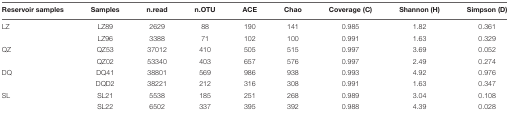
<table><thead><tr><td><b>Reservoir samples</b></td><td><b>Samples</b></td><td><b>n.read</b></td><td><b>n.OTU</b></td><td><b>ACE</b></td><td><b>Chao</b></td><td><b>Coverage (C)</b></td><td><b>Shannon (H)</b></td><td><b>Simpson (D)</b></td></tr></thead><tbody><tr><td>LZ</td><td>LZ89</td><td>2629</td><td>88</td><td>190</td><td>141</td><td>0.985</td><td>1.82</td><td>0.361</td></tr><tr><td></td><td>LZ96</td><td>3388</td><td>71</td><td>102</td><td>100</td><td>0.991</td><td>1.63</td><td>0.329</td></tr><tr><td>QZ</td><td>QZ53</td><td>37012</td><td>410</td><td>505</td><td>515</td><td>0.997</td><td>3.69</td><td>0.052</td></tr><tr><td></td><td>QZ02</td><td>53340</td><td>403</td><td>657</td><td>576</td><td>0.997</td><td>2.49</td><td>0.274</td></tr><tr><td>DQ</td><td>DQ41</td><td>38801</td><td>569</td><td>986</td><td>938</td><td>0.993</td><td>4.92</td><td>0.976</td></tr><tr><td></td><td>DQD2</td><td>38221</td><td>212</td><td>316</td><td>308</td><td>0.991</td><td>1.63</td><td>0.347</td></tr><tr><td>SL</td><td>SL21</td><td>5538</td><td>185</td><td>251</td><td>268</td><td>0.989</td><td>3.04</td><td>0.108</td></tr><tr><td></td><td>SL22</td><td>6502</td><td>337</td><td>395</td><td>392</td><td>0.988</td><td>4.39</td><td>0.028</td></tr></tbody></table>